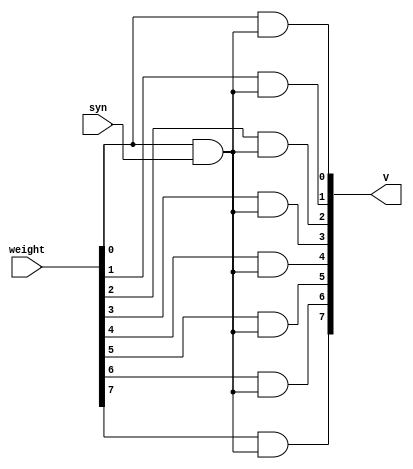
module weigher(input syn, input [7:0] weight, output [7:0] V);
	wire and_o;
	assign and_o = weight & syn;

	genvar i;
    generate
        for (i = 0; i < 8; i=i+1) begin : and_gate_gen
            assign V[i] = weight[i] & and_o;
        end
    endgenerate
endmodule